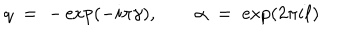
q \; = \; - \exp ( - i \pi \gamma ) , \qquad \alpha \; = \; \exp ( 2 \pi i \ell )